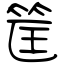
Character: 筐